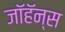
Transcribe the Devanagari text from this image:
जॉहॅन्स